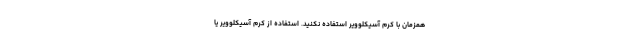
همزمان با کرم آسیکلوویر استفاده نکنید. استفاده از کرم آسیکلوویر یا